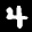
Label: 4